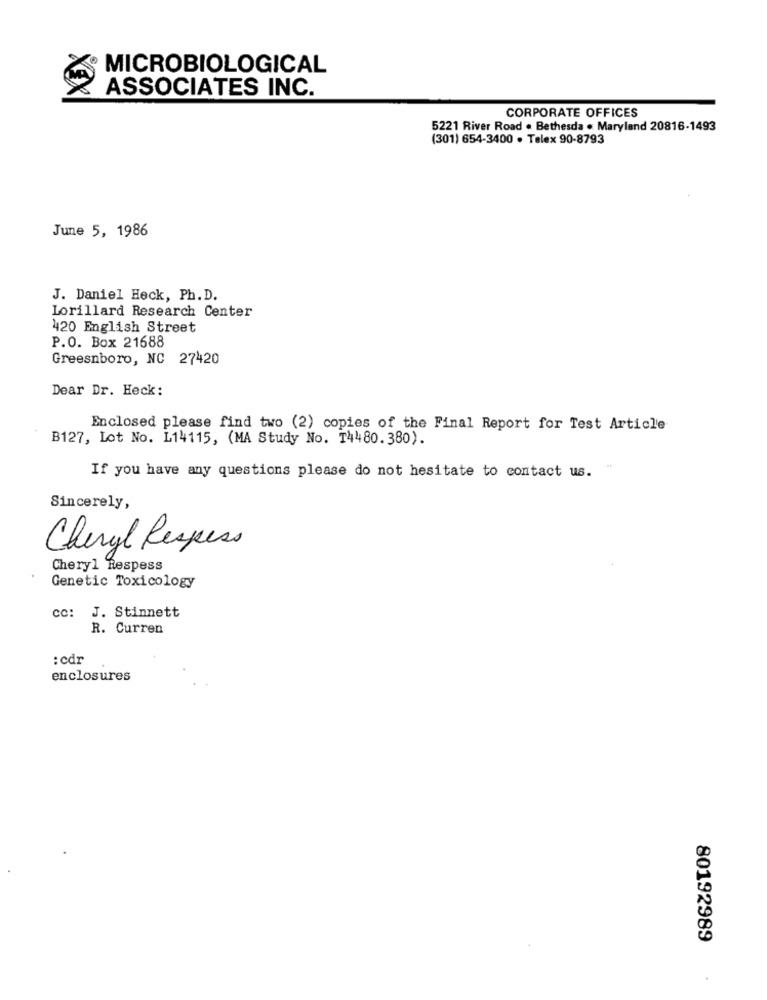
MICROBIOLOGICAL
ASSOCIATES INC.
CORPORATE OFFICES
5221 River Road . Bethesda . Maryland 20816-1493
(301) 654-3400 . Telex 90-8793
June 5, 1986
J. Daniel Heck, Ph. D.
Lorillard Research Center
420 English Street
P.O. Box 21688
Greesnboro, NC 27420
Dear Dr. Heck:
Enclosed please find two (2) copies of the Final Report for Test Article
B127, Lot No. L14115, (MA Study No. T4480. 380).
If you have any questions please do not hesitate to contact us.
Sincerely,
Cheryl Respess
Cheryl Respess
Genetic Toxicology
cc:
J. Stinnett
R. Curren
: cdr
enclosures
80192989